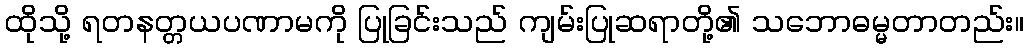
ထိုသို့ ရတနတ္တယပဏာမကို ပြုခြင်းသည် ကျမ်းပြုဆရာတို့၏ သဘောဓမ္မတာတည်း။